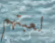
لعبتهم